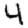
Digit: 4